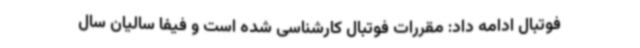
فوتبال ادامه داد: مقررات فوتبال کارشناسی شده است و فیفا سالیان سال